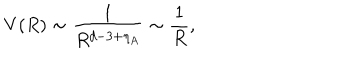
LaTeX: V ( R ) \sim \frac { 1 } { R ^ { d - 3 + \eta _ { A } } } \sim \frac { 1 } { R } ,